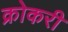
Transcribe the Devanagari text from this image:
क्रोकरी